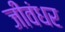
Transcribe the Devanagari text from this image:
जीवंधर